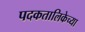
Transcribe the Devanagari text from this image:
पदकतालिकेच्या